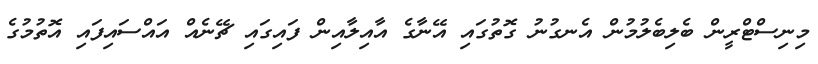
މިނިސްޓްރީން ބެލިބެލުމުން އެނގުނު ގޮތުގައި އޭނާގެ އާއިލާއިން ފައިގައި ޗޭނެއް އައްސައިފައި އޮތުމުގެ